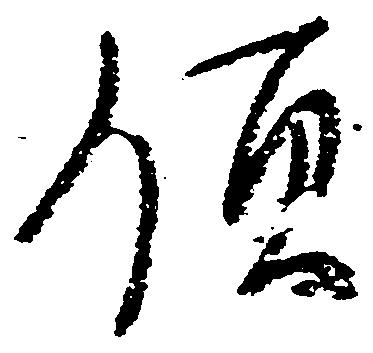
領